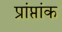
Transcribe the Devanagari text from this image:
प्रांप्तांक